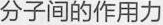
分子间的作用力